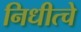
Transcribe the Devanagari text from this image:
निधीत्चे